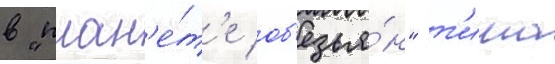
в "план'е́т'е об'езья́н" т'има